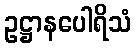
ဥဋ္ဌာနပေါရိသံ